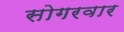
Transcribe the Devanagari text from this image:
सोगरवार